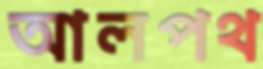
আলপথ